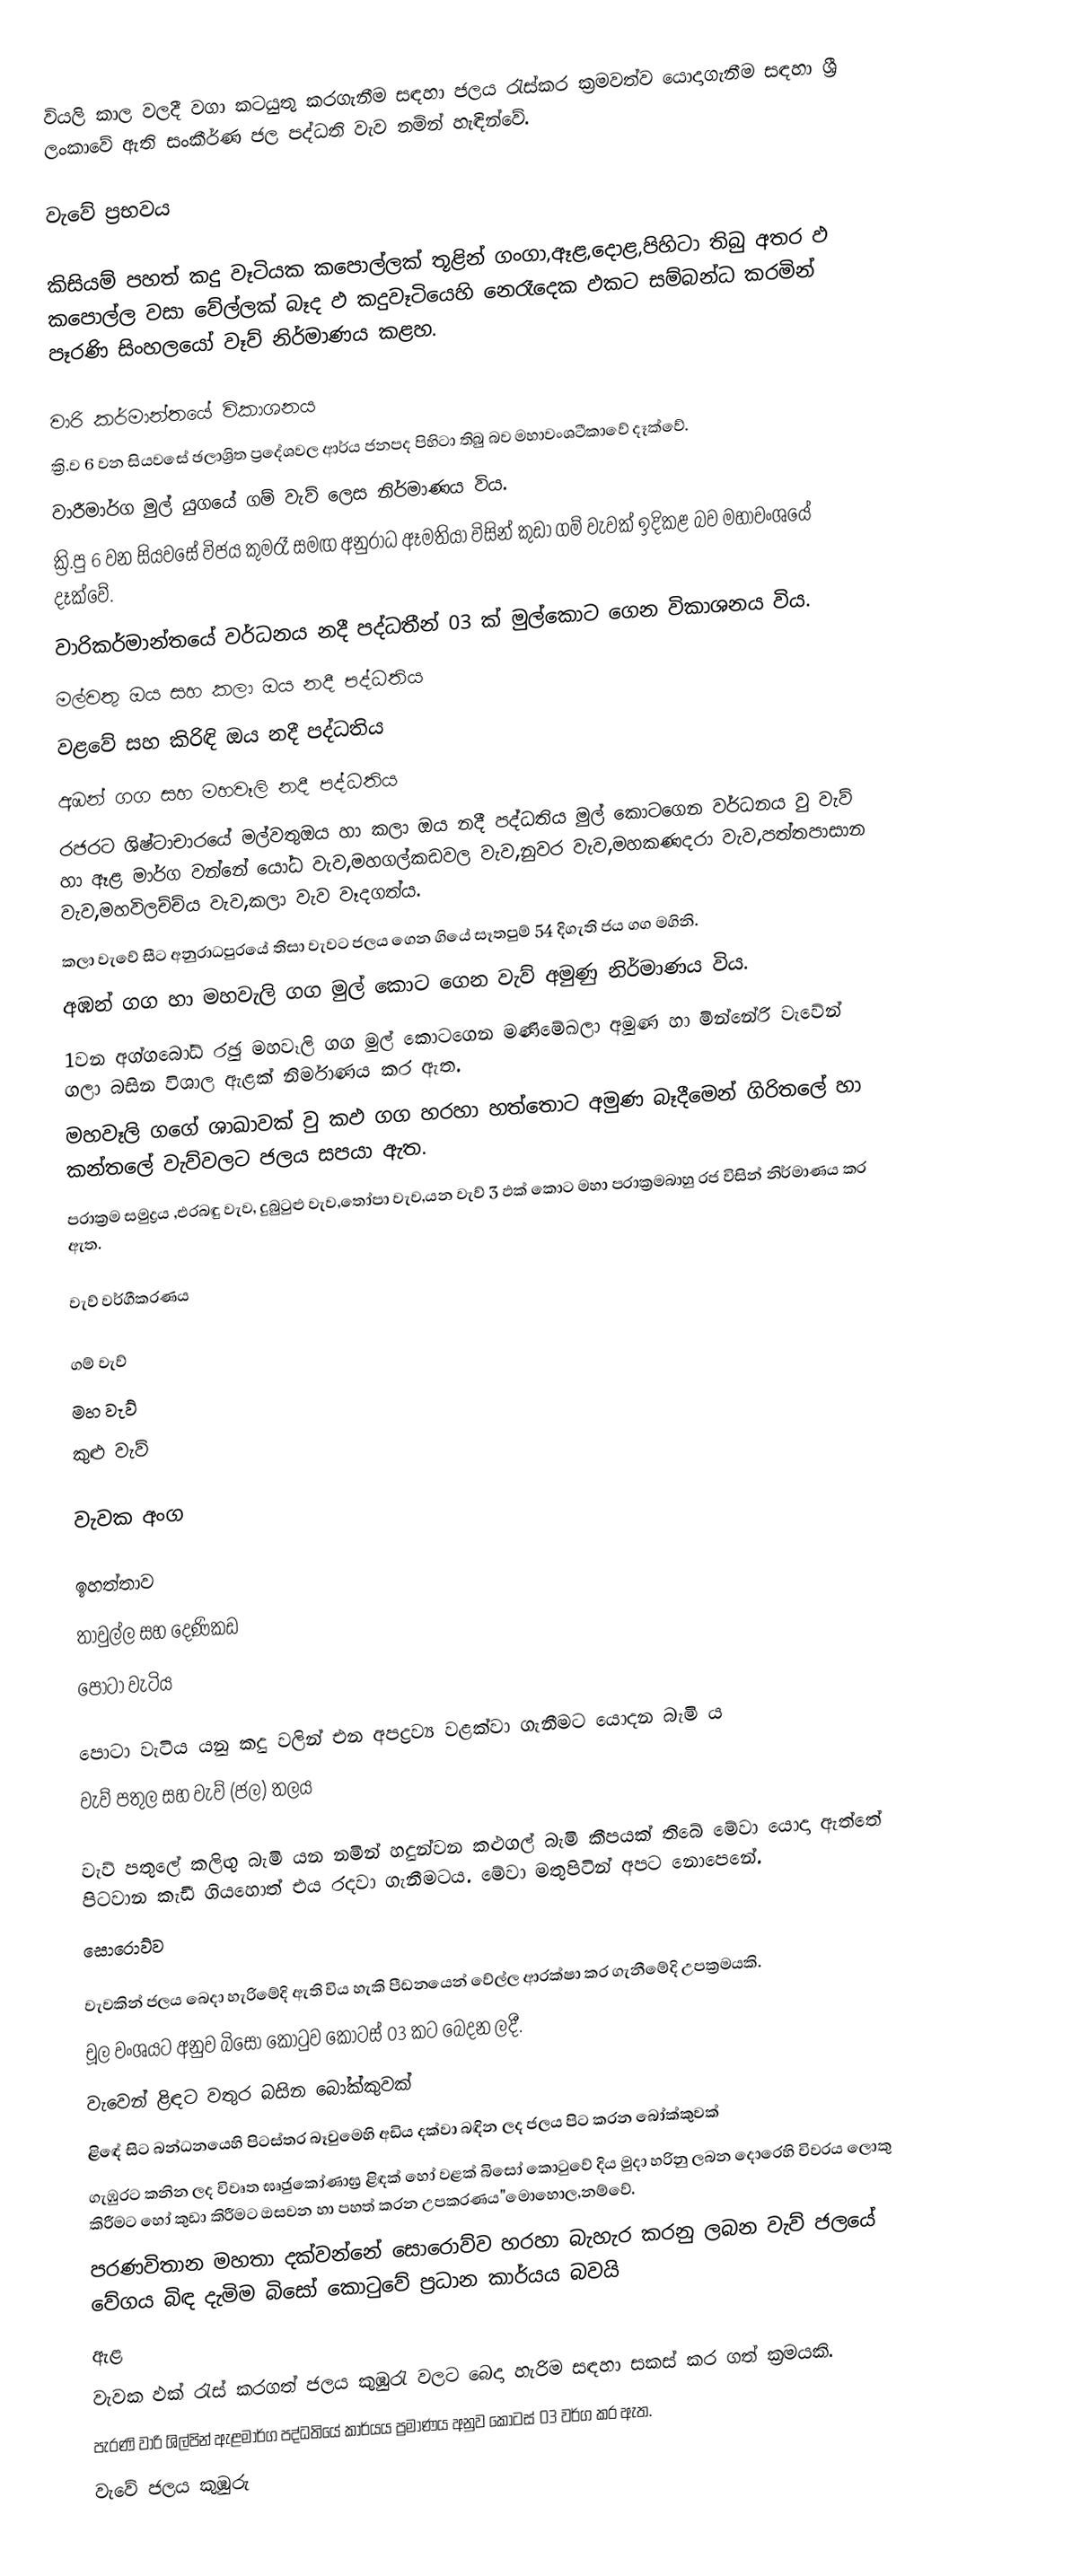
වියලි කාල වලදී වගා කටයුතු කරගැනීම සඳහා  ජලය රැස්කර ක්‍රමවත්ව යොදාගැනීම සඳහා ශ්‍රී ලංකාවේ ඇති සංකීර්ණ ජල පද්ධති වැව නමින් හැඳින්වේ.

වැවේ ප්‍රභවය

කිසියම්‍ පහත් කදු වෑටියක කපොල්ලක් තූළින් ගංගා,ඈළ,දොළ,පිහිටා තිබු අතර ඵ කපොල්ල වසා වේල්ලක් බෑද ඵ කදුවෑටියෙහි නෙරෑදෙක ඵකට සම්බන්ධ  කරමින් පෑරණි සිංහලයෝ වෑව් නිර්මාණය කළහ.

වාරි කර්මාන්තයේ විකාශනය
ක්‍රි.ව 6 වන සියවසේ ඡලාශ්‍රිත ප්‍රදේශවල ආර්ය ජනපද පිහිටා තිබු බව මහාවංශටීකාවේ දෑක්වේ.
වාරීමාර්ග මුල් යුගයේ ගම් වැව් ලෙස නිර්මාණය විය.
ක්‍රි.පු 6 වන සියවසේ විජය කුමරෑ සමඟ අනුරාධ ඈමතියා විසින් කුඩා ගම් වැවක් ඉදිකළ බව මහාවංශයේ දෑක්වේ.
වාරිකර්මාන්තයේ වර්ධනය නදී පද්ධතීන්  03 ක් මුල්කොට ගෙන විකාශනය විය.
මල්වතු ඔය සහ කලා ඔය නදී පද්ධතිය
වළවේ සහ කිරිඳි ඔය  නදී පද්ධතිය
අඹන් ගග සහ මහවෑලි  නදී පද්ධතිය
රජරට ශිෂ්ටාචාරයේ මල්වතුඔය හා කලා ඔය නදී පද්ධතිය මුල් කොටගෙන වර්ධනය වු වැව් හා ඈළ මාර්ග වන්නේ යෝධ වැව,මහගල්කඩවල වැව,නුවර වැව,මහකණදරා වැව,පත්තපාසාන වැව,මහවිලච්ච්ය වැව,කලා වැව වෑදගත්ය.
කලා වැවේ සීට අනුරාධපුරයේ තිසා වැවට ජලය ගෙන ගියේ සෑතපුම් 54 දිගැති ජය ගග මගිනි.
අඹන් ගග හා මහවැලි ගග මුල් කොට ගෙන වැව් අමුණු නිර්මාණය විය.
1වන අග්ග‍බෝධ් රඡු මහවෑලි ගග මුල් කොටගෙන මණිමේඛලා අමුණ හා මින්නේරි වැවේන් ගලා බසින විශාල ඇළක් නිර්මාණය කර ඇත.
මහවෑලි ගගේ ශාඛාවක් වු කඵ ගග හරහා හත්තොට අමුණ බෑදීමෙන් ගිරිතලේ  හා කන්තලේ වැව්වලට ජලය සපයා ඇත.
පරාක්‍රම සමුද්‍රය ,එරබඳු වැව, දුබුටුළු වැව,තෝපා වැව,යන වැව් 3 ඵක් කොට මහා පරාක්‍රමබාහු  රජ  විසින් නිර්මාණය කර ඇත.

වැව් වර්ගීකරණය

 ගම් වැව්
 මහ වැව්
 කුළු වැව්

වැවක අංග

ඉහත්තාව
තාවුල්ල සහ දෙණිකඩ
පෝටා වැටිය

පොටා වැටිය යනු කදු වලින් එන අපද්‍රව්‍ය වළක්වා ගැනීමට යොදන බැමි ය
වැව් පතුල සහ වැව් (ජල) තලය

වැව් පතුලේ කලිඟු බැමි යන නමින් හදුන්වන කළුගල් බැමි කීපයක් තිබේ මේවා යොදා ඇත්තේ පිටවාන කැඩී ගියහොත් එය රදවා ගැනීමටය. මේවා මතුපිටින් අපට නොපෙනේ.
සොරොව්ව

වැවකින් ජලය බෙදා හැරිමේදි ඇති විය හැකි පීඩනයෙන් වේල්ල ආරක්ෂා කර ගැනීමේදි උපක්‍රමයකි.
චූල වංශයට අනුව බිසෝ කොටුව කොටස් 03 කට බෙදන ලදී.
 වැවෙන් ළිඳට වතුර බසින බෝක්කුවක්
 ළිඳේ සිට බන්ධනයෙහි පිටස්තර බෑවුමෙහි අඩිය දක්වා බඳින ලද ජලය පිට කරන ‍‍බෝක්කුවක්
 ගැඹුරට කනින ලද විවෘත ඝෘඡුකෝණාඝ්‍ර ළිඳක් හෝ වළක් බිසෝ කොටුවේ දිය මුදා හරිනු ලබන දොරෙහි විවරය ලොකු කිරීමට හෝ කුඩා කිරීමට ඔසවන හා පහත් කරන උපකරණය"මොහොල,නම්වේ.
පරණවිතාන මහතා දක්වන්නේ සොරොව්ව  හරහා බැහැර කරනු ලබන වැව් ජලයේ වේගය බිඳ දැමිම බිසෝ  කොටුවේ ප්‍රධාන කාර්යය බවයි
ඇළ
වැවක ඵක් රැස් කරගත් ජලය කුඹුරැ වලට බෙදා හැරිම සඳහා සකස් කර ගත් ක්‍රමයකි.
පැරණි වාරි ශිල්පින් ඇළමාර්ග පද්ධතියේ කාර්යය ප්‍රමාණය අනුව කොටස් 03 වර්ග කර ඇත.
 වැවේ ජලය කුඹුරු